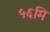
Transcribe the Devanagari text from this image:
५६मि